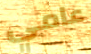
عامي